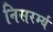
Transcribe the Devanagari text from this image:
निसरर्म्य